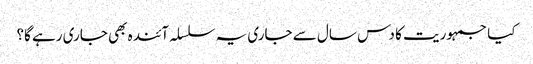
کیا جمہوریت کا دس سال سے جاری یہ سلسلہ آئندہ بھی جاری رہے گا؟